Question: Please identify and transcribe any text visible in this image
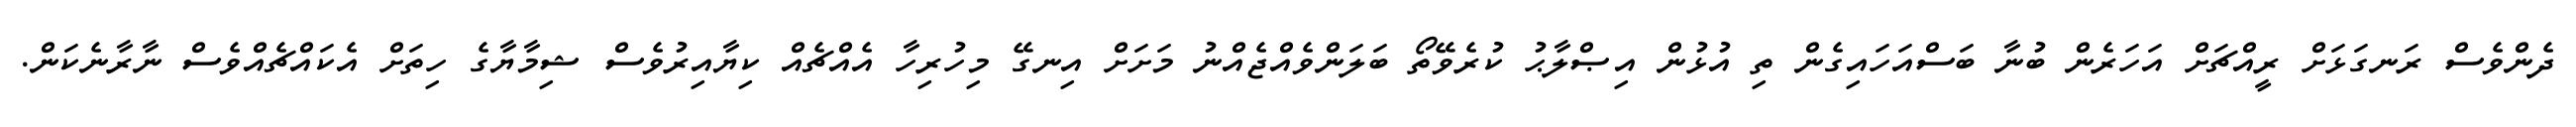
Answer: ދެންވެސް ރަނގަޅަށް ރީއްޗަށް އަހަރެން ބުނާ ބަސްއަހައިގެން ތި އުޅުން އިޞްލާޙު ކުރެވޭތޯ ބަލަންވެއްޖެއްނު މަށަށް އިނގޭ މިހުރިހާ އެއްޗެއް ކިޔާއިރުވެސް ޝިމާޔާގެ ހިތަށް އެކައްޗެއްވެސް ނާރާނެކަން.